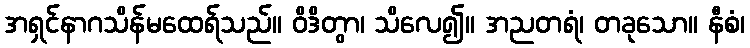
အရှင်နာဂသိန်မထေရ်သည်။ ဝိဒိတွာ၊ သိလေ၍။ အညတရံ၊ တခုသော။ နီစံ၊